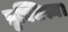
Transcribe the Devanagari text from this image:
ब्रुक्सिस्म।